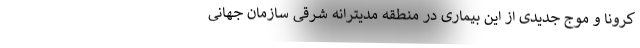
کرونا و موج جدیدی از این بیماری در منطقه مدیترانه شرقی سازمان جهانی